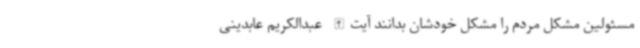
مسئولین مشکل مردم را مشکل خودشان بدانند آیت‌الله عبدالکریم عابدینی